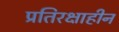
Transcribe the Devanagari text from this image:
प्रतिरक्षाहीन